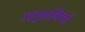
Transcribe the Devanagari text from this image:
अनुयायियों